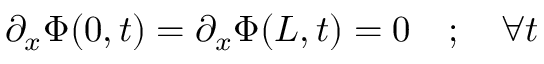
\partial _ { x } \Phi ( 0 , t ) = \partial _ { x } \Phi ( L , t ) = 0 \quad ; \quad \forall t